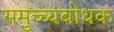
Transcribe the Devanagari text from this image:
समुच्च्यबोधक